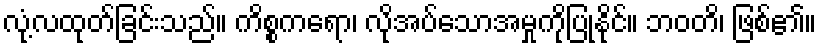
လုံ့လထုတ်ခြင်းသည်။ ကိစ္စကရော၊ လိုအပ်သောအမှုကိုပြုနိုင်။ ဘဝတိ၊ ဖြစ်၏။